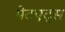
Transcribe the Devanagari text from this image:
पेटएट्स